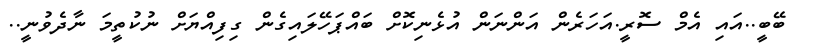
ބޭބީ..އައި އެމް ސޮރީ.އަހަރެން އަންނަން އުޅެނިކޮށް ބައްޕަހޭލައިގެން ގިފިއްޔަށް ނުކުތީމަ ނާދެވުނީ..